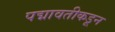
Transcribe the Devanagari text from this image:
पद्मावतीकडून